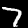
Digit: 7